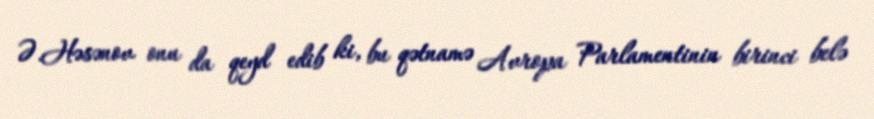
Ə.Həsənov onu da qeyd edib ki, bu qətnamə Avropa Parlamentinin birinci belə